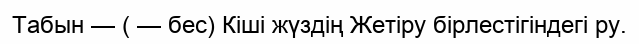
Табын — ( — бес) Кіші жүздің Жетіру бірлестігіндегі ру.